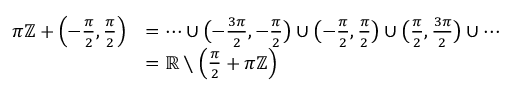
{ \begin{array} { r l } { \pi \mathbb { Z } + \left( - { \frac { \pi } { 2 } } , { \frac { \pi } { 2 } } \right) } & { = \cdots \cup { \bigl ( } { - { \frac { 3 \pi } { 2 } } } , { - { \frac { \pi } { 2 } } } { \bigr ) } \cup { \bigl ( } { - { \frac { \pi } { 2 } } } , { \frac { \pi } { 2 } } { \bigr ) } \cup { \bigl ( } { \frac { \pi } { 2 } } , { \frac { 3 \pi } { 2 } } { \bigr ) } \cup \cdots } \\ & { = \mathbb { R } \setminus \left( { \frac { \pi } { 2 } } + \pi \mathbb { Z } \right) } \end{array} }